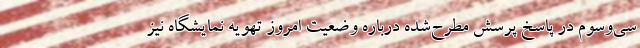
سی‌وسوم در پاسخ پرسش مطرح‌شده درباره وضعیت امروز تهویه نمایشگاه نیز